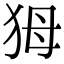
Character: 𤝕